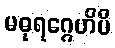
မဓုရဂ္ဂေဟိပိ